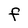
Character: F